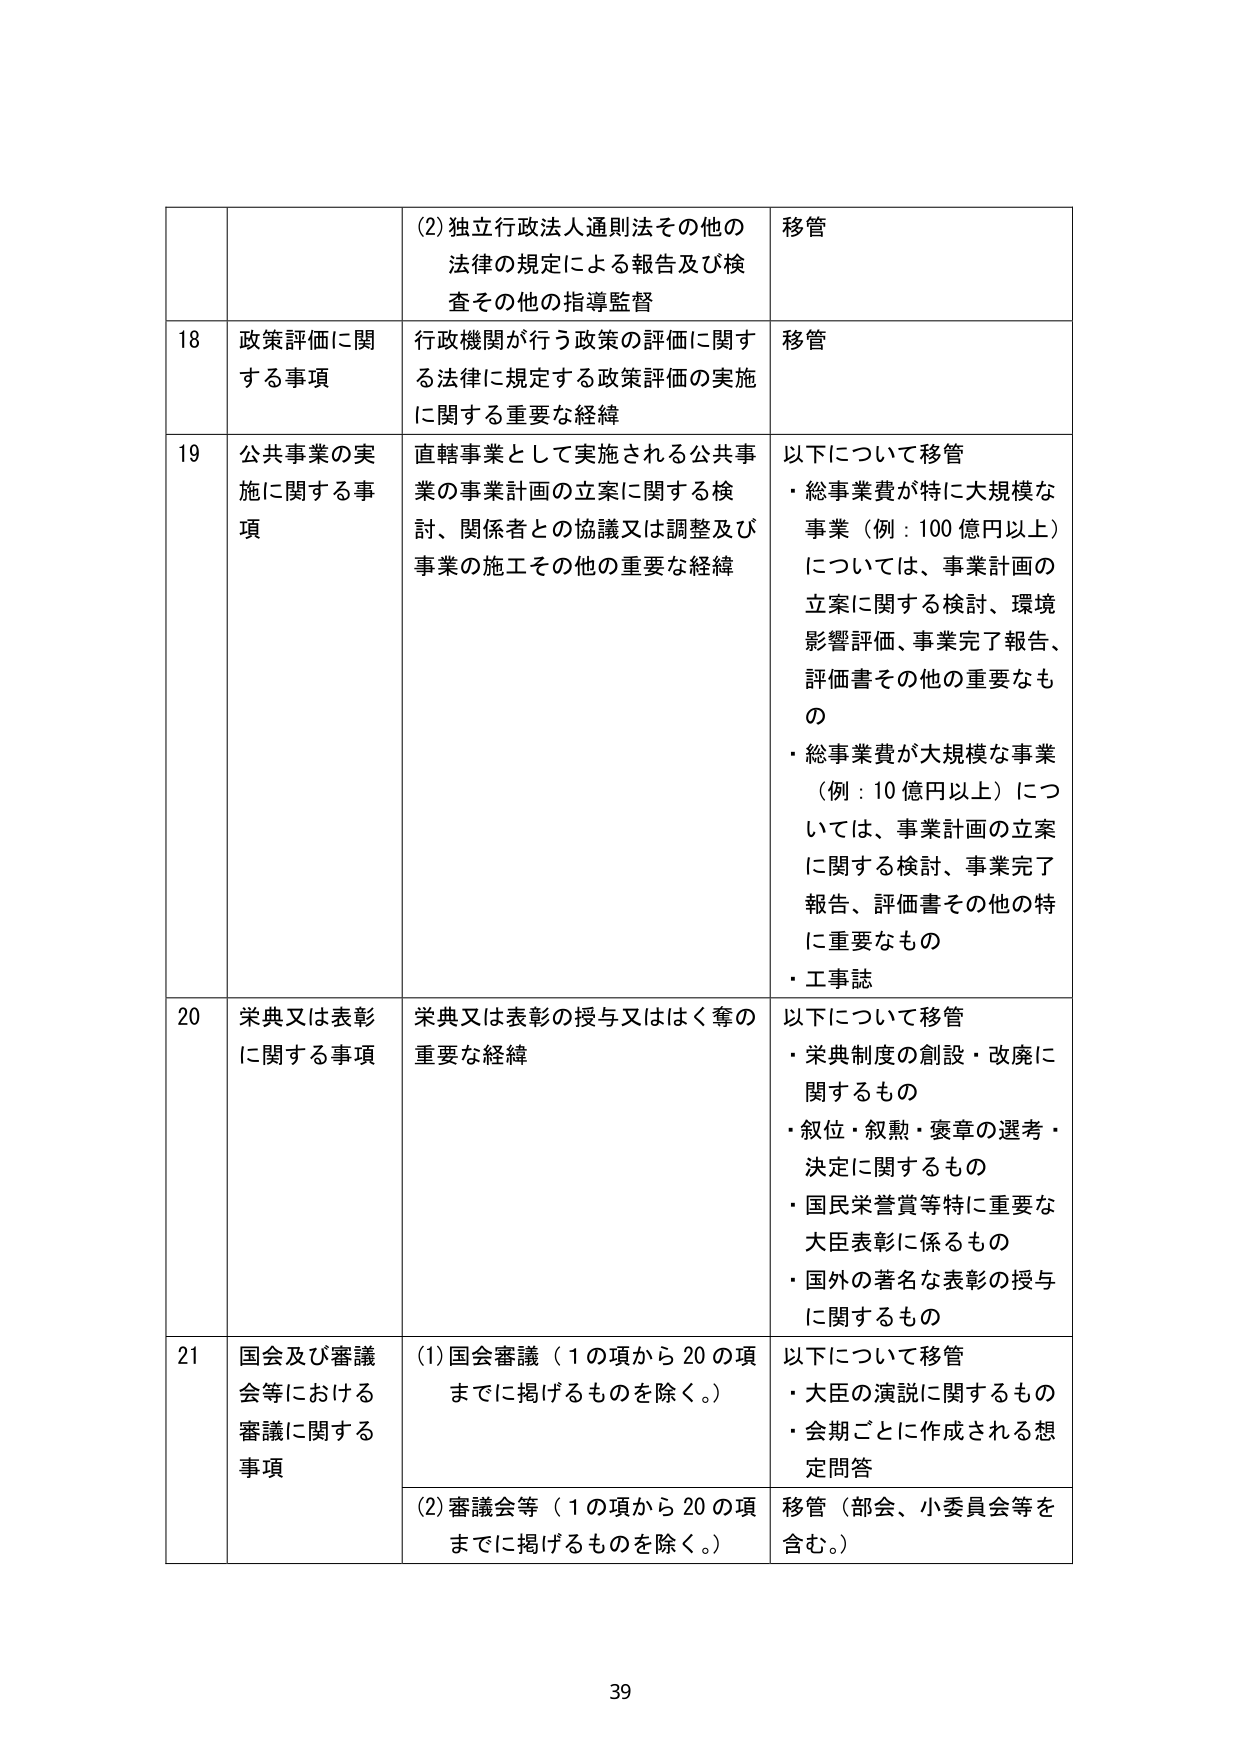
(2) 独立行政法人通則法その他の
法律の規定による報告及び検
査その他の指導監督
移管

18 政策評価に関する事項
行政機関が行う政策の評価に関する法律に規定する政策評価の実施に関する重要な経緯
移管

19 公共事業の実施に関する事項
直轄事業として実施される公共事業の事業計画の立案に関する検討、関係者との協議又は調整及び事業の施工その他の重要な経緯
以下について移管
・総事業費が特に大規模な事業（例：100億円以上）については、事業計画の立案に関する検討、環境影響評価、事業完了報告、評価書その他の重要なもの
・総事業費が大規模な事業（例：10億円以上）については、事業計画の立案に関する検討、事業完了報告、評価書その他の特に重要なもの
・工事誌

20 栄典又は表彰に関する事項
栄典又は表彰の授与又はく奪の重要な経緯
以下について移管
・栄典制度の創設・改廃に関するもの
・叙位・叙勲・褒章の選考・決定に関するもの
・国民栄誉賞等特に重要な大臣表彰に係るもの
・国外の著名な表彰の授与に関するもの

21 国会及び審議会等における審議に関する事項
(1) 国会審議（1の項から20の項までに掲げるものを除く。）
以下について移管
・大臣の演説に関するもの
・会期ごとに作成される想定問答
(2) 審議会等（1の項から20の項までに掲げるものを除く。）
移管（部会、小委員会等を含む。）

39